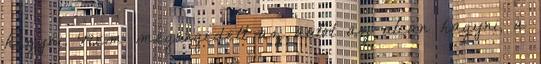
hagyni. Nem megengedett az autót az utcán hagyni, a